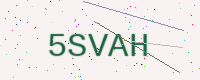
Text: 5SVAH